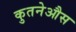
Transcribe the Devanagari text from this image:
कुतनेऔस